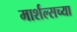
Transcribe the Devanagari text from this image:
मार्शल्सच्या